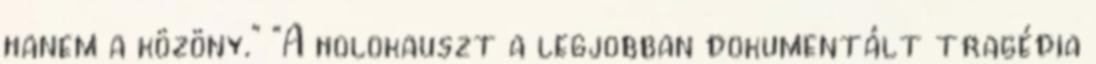
hanem a közöny." "A holokauszt a legjobban dokumentált tragédia